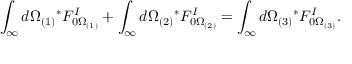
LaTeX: \int _ { \infty } d \Omega _ { ( 1 ) } { } ^ { * } F _ { 0 \Omega _ { ( 1 ) } } ^ { I } + \int _ { \infty } d \Omega _ { ( 2 ) } { } ^ { * } F _ { 0 \Omega _ { ( 2 ) } } ^ { I } = \int _ { \infty } d \Omega _ { ( 3 ) } { } ^ { * } F _ { 0 \Omega _ { ( 3 ) } } ^ { I } .